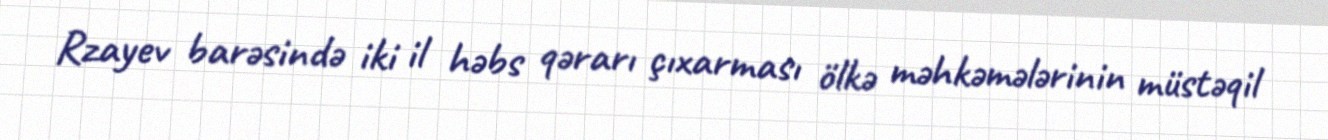
Rzayev barəsində iki il həbs qərarı çıxarması ölkə məhkəmələrinin müstəqil